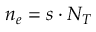
n _ { e } = s \cdot N _ { T }